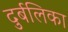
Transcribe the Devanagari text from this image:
दुर्बलिका